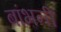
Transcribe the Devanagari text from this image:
बांभनी